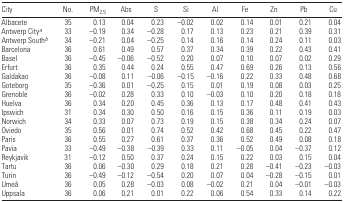
<table><thead><tr><td><b>City</b></td><td><b>No.</b></td><td><b>PM<sub>2.5</sub></b></td><td><b>Abs</b></td><td><b>S</b></td><td><b>Si</b></td><td><b>Al</b></td><td><b>Fe</b></td><td><b>Zn</b></td><td><b>Pb</b></td><td><b>Cu</b></td></tr></thead><tbody><tr><td>Albacete</td><td>35</td><td>0.13</td><td>0.04</td><td>0.23</td><td>−0.02</td><td>0.02</td><td>0.14</td><td>0.01</td><td>0.21</td><td>0.04</td></tr><tr><td>Antwerp Citya</td><td>33</td><td>−0.19</td><td>0.34</td><td>−0.28</td><td>0.17</td><td>0.13</td><td>0.23</td><td>0.21</td><td>0.39</td><td>0.31</td></tr><tr><td>Antwerp Southb</td><td>34</td><td>−0.21</td><td>0.04</td><td>−0.25</td><td>0.14</td><td>0.16</td><td>0.14</td><td>0.24</td><td>0.11</td><td>0.03</td></tr><tr><td>Barcelona</td><td>36</td><td>0.61</td><td>0.49</td><td>0.57</td><td>0.37</td><td>0.34</td><td>0.39</td><td>0.22</td><td>0.43</td><td>0.41</td></tr><tr><td>Basel</td><td>36</td><td>−0.45</td><td>−0.06</td><td>−0.52</td><td>0.20</td><td>0.07</td><td>0.10</td><td>0.07</td><td>0.02</td><td>0.29</td></tr><tr><td>Erfurt</td><td>36</td><td>0.35</td><td>0.44</td><td>0.24</td><td>0.55</td><td>0.47</td><td>0.69</td><td>0.26</td><td>0.13</td><td>0.56</td></tr><tr><td>Galdakao</td><td>36</td><td>−0.08</td><td>0.11</td><td>−0.06</td><td>−0.15</td><td>−0.16</td><td>0.22</td><td>0.33</td><td>0.48</td><td>0.68</td></tr><tr><td>Goteborg</td><td>35</td><td>−0.36</td><td>0.01</td><td>−0.25</td><td>0.15</td><td>0.01</td><td>0.19</td><td>0.08</td><td>0.03</td><td>0.25</td></tr><tr><td>Grenoble</td><td>36</td><td>−0.02</td><td>0.28</td><td>0.33</td><td>0.10</td><td>−0.03</td><td>0.10</td><td>0.20</td><td>0.18</td><td>0.18</td></tr><tr><td>Huelva</td><td>36</td><td>0.34</td><td>0.20</td><td>0.45</td><td>0.36</td><td>0.13</td><td>0.17</td><td>0.48</td><td>0.41</td><td>0.43</td></tr><tr><td>Ipswich</td><td>31</td><td>0.34</td><td>0.30</td><td>0.50</td><td>0.16</td><td>0.15</td><td>0.36</td><td>0.11</td><td>0.19</td><td>0.03</td></tr><tr><td>Norwich</td><td>34</td><td>0.33</td><td>0.07</td><td>0.73</td><td>0.19</td><td>0.15</td><td>0.38</td><td>0.34</td><td>0.24</td><td>0.07</td></tr><tr><td>Oviedo</td><td>35</td><td>0.56</td><td>0.01</td><td>0.74</td><td>0.52</td><td>0.42</td><td>0.68</td><td>0.45</td><td>0.22</td><td>0.47</td></tr><tr><td>Paris</td><td>36</td><td>0.55</td><td>0.27</td><td>0.61</td><td>0.37</td><td>0.36</td><td>0.52</td><td>0.49</td><td>0.08</td><td>0.18</td></tr><tr><td>Pavia</td><td>33</td><td>−0.49</td><td>−0.38</td><td>−0.39</td><td>0.33</td><td>0.11</td><td>−0.05</td><td>0.04</td><td>−0.37</td><td>0.12</td></tr><tr><td>Reykjavik</td><td>31</td><td>−0.12</td><td>0.50</td><td>0.37</td><td>0.24</td><td>0.15</td><td>0.22</td><td>0.03</td><td>0.15</td><td>0.04</td></tr><tr><td>Tartu</td><td>36</td><td>0.06</td><td>−0.30</td><td>0.29</td><td>0.18</td><td>0.21</td><td>0.28</td><td>−0.41</td><td>−0.23</td><td>−0.03</td></tr><tr><td>Turin</td><td>36</td><td>−0.49</td><td>−0.12</td><td>−0.54</td><td>0.20</td><td>0.07</td><td>0.04</td><td>−0.28</td><td>−0.15</td><td>0.01</td></tr><tr><td>Umeå</td><td>36</td><td>0.05</td><td>0.28</td><td>−0.03</td><td>0.08</td><td>−0.02</td><td>0.21</td><td>0.04</td><td>−0.01</td><td>−0.03</td></tr><tr><td>Uppsala</td><td>36</td><td>0.06</td><td>0.21</td><td>0.01</td><td>0.22</td><td>0.06</td><td>0.54</td><td>0.33</td><td>0.14</td><td>0.22</td></tr></tbody></table>